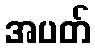
အပတ်